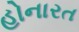
હોનારત